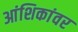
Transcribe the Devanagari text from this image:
आंशिकांवर